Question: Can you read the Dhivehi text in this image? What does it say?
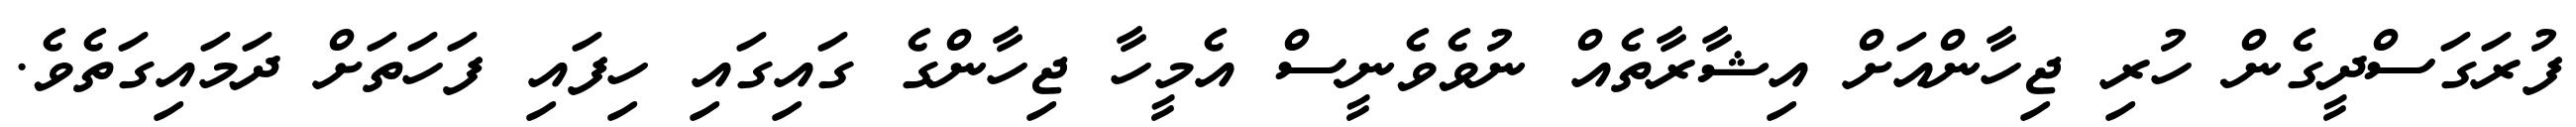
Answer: ފުރަގަސްދީގެން ހުރި ޖިހާންއަށް އިޝާރާތެއް ނުވެވެނީސް އެމީހާ ޖިހާންގެ ގައިގައި ހިފައި ފަހަތަށް ދަމައިގަތެވެ.